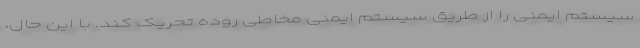
سیستم ایمنی را از طریق سیستم ایمنی مخاطی روده تحریک کند. با این حال،